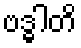
ဗဒ္ဓါတိ